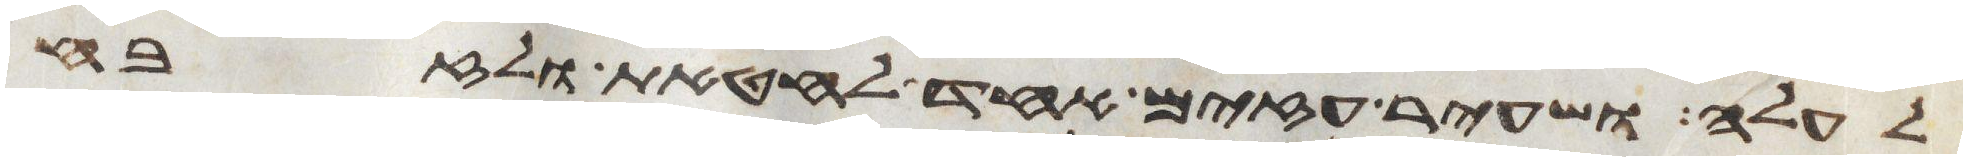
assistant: לעלה ושעיר עזים אחד לחטאת ולזבח